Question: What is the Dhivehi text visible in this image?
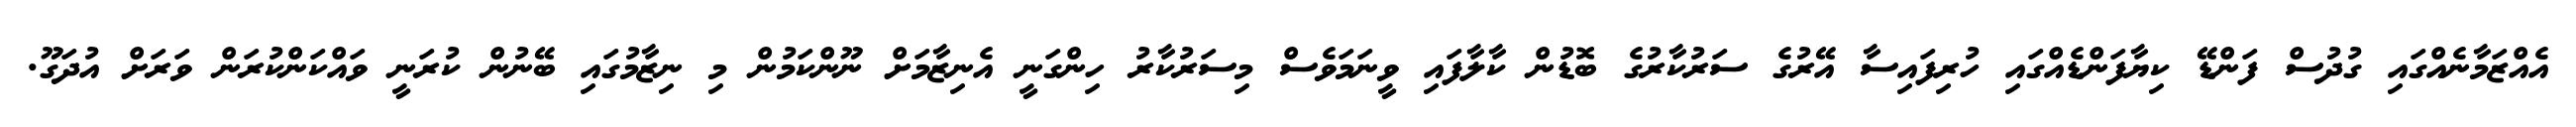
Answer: އެއްޒަމާނެއްގައި ގުދުސް ފަންޑޭ ކިޔާފަންޑެއްގައި ހުރިފައިސާ އޭރުގެ ސަރުކާރުގެ ބޮޑުން ކާލާފައި ވީނަމަވެސް މިސަރުކާރު ހިންގަނީ އެނިޒާމަށް ނޫންކަމުން މި ނިޒާމުގައި ބޭނުން ކުރަނީ ވައްކަންކުރަން ވަރަށް އުދަގޫ.